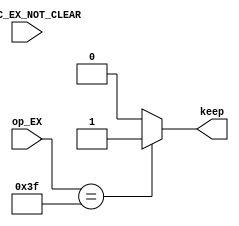
`timescale 1ns / 1ps
//////////////////////////////////////////////////////////////////////////////////
// Company: 
// Engineer: 
// 
// Design Name: 
// Module Name: keep_control
// Project Name: 
// Target Devices: 
// Tool Versions: 
// Description: 
// 
// Dependencies: 
// 
// Revision:
// Revision 0.01 - File Created
// Additional Comments:
// 
//////////////////////////////////////////////////////////////////////////////////


module keep_control(
   // input CLK,
    input PCSRC_EX_NOT_CLEAR,
    input [5:0] op_EX,
    output reg keep
    );
    
    parameter HALT = 6'b111111;
    
    always@(*) begin
        if(/*PCSRC_EX_NOT_CLEAR==2'b00 &&*/ op_EX==HALT)
            keep = 1'b1;
        else
            keep = 1'b0;
    end
endmodule